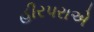
હીરપરાએ